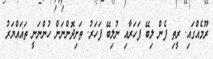
ރޫމެއްގައި. ރީތި ފެން ލިބޭ ފަހަރާއި ނުލިބޭ ފަހަރު. ތަށިދޮންނަން ހުންނަނީ ތަޣައްޔަރު